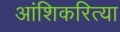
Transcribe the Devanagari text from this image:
आंशिकरित्या